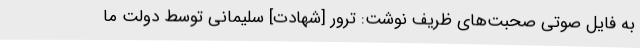
به فایل صوتی صحبت‌های ظریف نوشت: ترور [شهادت] سلیمانی توسط دولت ما